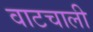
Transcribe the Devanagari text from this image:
वाटचाली